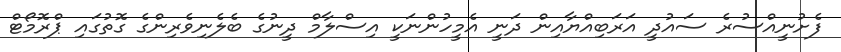
ފެށުނީއްސުރެ ސައުދީ އަރަބިއްޔާއިން ދަނީ އެމީހުންނަކީ އިސްލާމް ދީނުގެ ބެލެނިވެރިންގެ ގޮތުގައި ޕްރޮމޯޓް